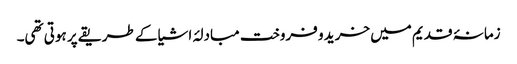
زمانۂ قدیم میں خرید و فروخت مبادلۂ اشیا کے طریقے پر ہوتی تھی۔